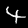
Label: 4